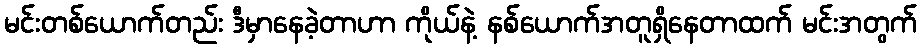
မင်းတစ်ယောက်တည်း ဒီမှာနေခဲ့တာဟာ ကိုယ်နဲ့ နစ်ယောက်အတူရှိနေတာထက် မင်းအတွက်